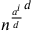
{ n ^ { \frac { a ^ { i } } { d } } } ^ { d }